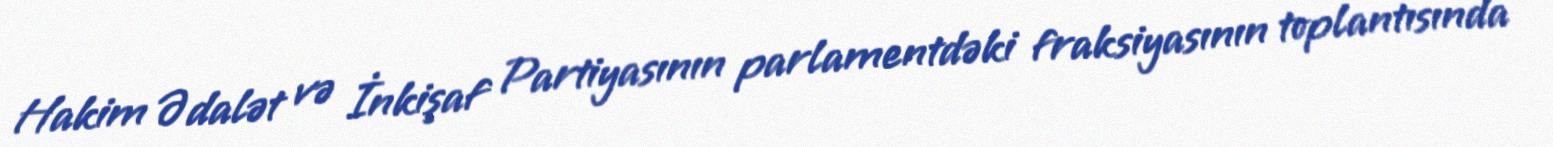
Hakim Ədalət və İnkişaf Partiyasının parlamentdəki fraksiyasının toplantısında